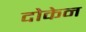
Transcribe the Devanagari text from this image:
दोकेन